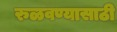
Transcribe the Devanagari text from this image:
रुळवण्यासाठी